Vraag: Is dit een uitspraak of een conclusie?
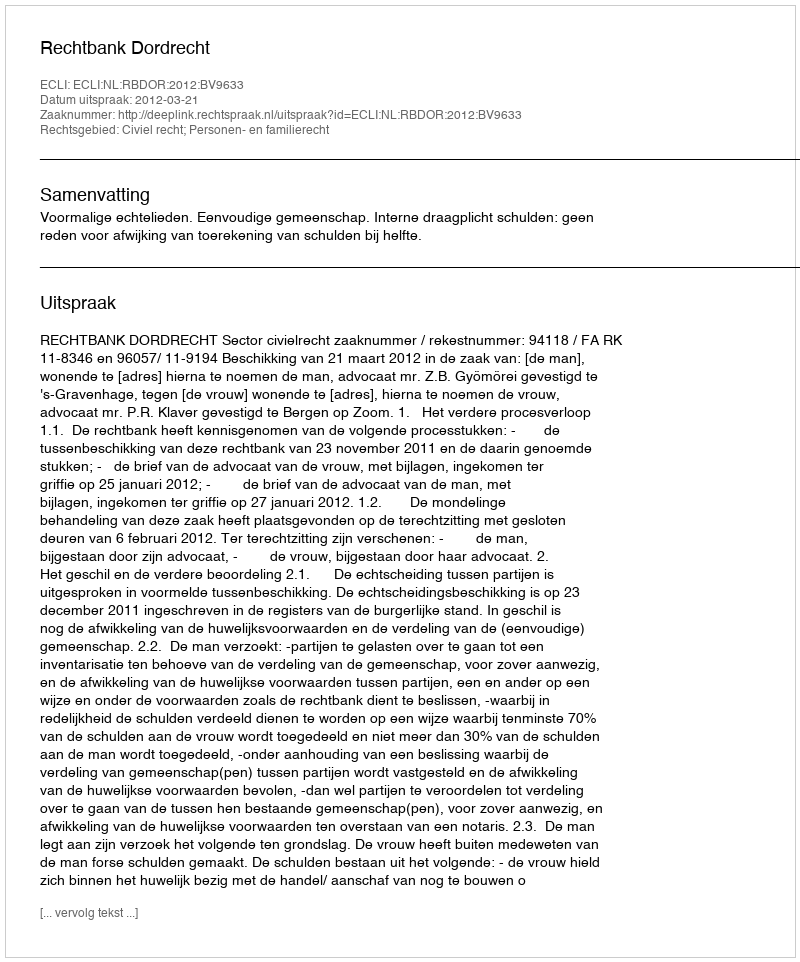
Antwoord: Uitspraak